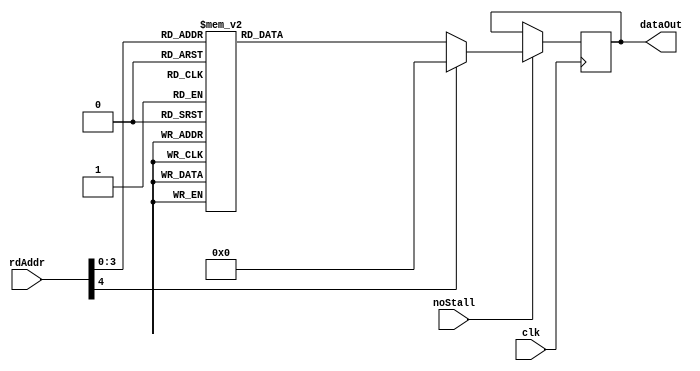
// This program was cloned from: https://github.com/VeriGOOD-ML/public
// License: Apache License 2.0

`timescale 1ns/1ps

module iBuffer_ASIC #(
    parameter integer addrLen = 5,
	parameter integer dataLen = 32,
	parameter integer peId	= 1
)(
	clk,
	rdAddr,
	noStall,
	dataOut
);

	input clk;
	input noStall;
	input[addrLen - 1: 0] rdAddr;
	output reg[dataLen - 1: 0] dataOut;

	//--------------------------------------------------------------------------------------
	reg[dataLen - 1: 0] mem	[0: (1 << addrLen) - 1];
	
	// ******************************************************************
	// Initialization
	// ******************************************************************

    localparam DATA_WIDTH = dataLen;
    localparam DEPTH = (1<<addrLen);
    wire     [addrLen-1:0]        address;
    reg     [DATA_WIDTH-1:0]        rdata;

    assign address = rdAddr;
	
	always @(posedge clk) begin
 		if(noStall) dataOut <= rdata;
	end
	
    // `include "instructions.v" // TODO

	//-------------------------------------------------------------------------------------
 	
generate
if(peId == 0) begin
	always @(*) begin
		case(address)
			4'd0 : rdata = 55'b0001101000000000011000000001000000000000000000000000000;
			4'd1 : rdata = 55'b1100011011111110000000000000000000000000000001000000000;
			4'd2 : rdata = 55'b1100011100001100000000000000000000000000000001000000000;
			4'd3 : rdata = 55'b0000111100000110101000000001000000010000000000000000000;
			4'd4 : rdata = 55'b0001110100000001011000000011000000100000000000000000000;
			4'd5 : rdata = 55'b0001010100000010011000000101000000110000000000100000000;
			4'd6 : rdata = 55'b0001110100000011011000000001000001000000000000000000000;
			4'd7 : rdata = 55'b0001110000000000101000001001000001010000000000000000000;
			4'd8 : rdata = 55'b0001001000000000101000001010000000001000000000000000000;
			4'd9 : rdata = 55'b1100011100000011000000000000000000000000000000011111111;
			4'd10 : rdata = 55'b1100011100000011000000000000000000000000000000011101110;
			default : rdata = 55'b0000000000000000000000000000000000000000000000000000000;
		endcase
	end
end

if(peId == 1) begin
	always @(*) begin
		case(address)
			4'd0 : rdata = 55'b0001101000000000011000000001000000000000000000000000000;
			4'd1 : rdata = 55'b0000111100001000101000000001000000010000000000000000000;
			4'd2 : rdata = 55'b0001110100000001011000000101000000100000000000000000000;
			4'd3 : rdata = 55'b0001010100000010011000000111000010010000000000100000000;
			4'd4 : rdata = 55'b1100010100000011000000000000000000000000000000100000000;
			4'd5 : rdata = 55'b0001111011111110011000000011000001000000000000000000000;
			4'd6 : rdata = 55'b0001110000000000101000001001000001010000000000000000000;
			4'd7 : rdata = 55'b0001001000000001101000001010000000001000000010010111011;
			4'd8 : rdata = 55'b1100011100000100000000000000000000001000000000000000000;
			default : rdata = 55'b0000000000000000000000000000000000000000000000000000000;
		endcase
	end
end

if(peId == 2) begin
	always @(*) begin
		case(address)
			4'd0 : rdata = 55'b0001101000000000011000000001000000000000000000000000000;
			4'd1 : rdata = 55'b0000111100001010101000000001000000010000000000000000000;
			4'd2 : rdata = 55'b0001110100000001011000000101000000100000000000000000000;
			4'd3 : rdata = 55'b0001010100000010011000000111000011110000000000100000000;
			4'd4 : rdata = 55'b1100010100000011000000000000000000000000000000100000000;
			4'd5 : rdata = 55'b0001111011111110011000000001000001000000000000000000000;
			4'd6 : rdata = 55'b0001111011111110011000000011000001100000000000000000000;
			4'd7 : rdata = 55'b0001110000000000101000001001000001010000000000000000000;
			4'd8 : rdata = 55'b0001110000000000101000001101000001110000000000000000000;
			4'd9 : rdata = 55'b0001001000000001101000001010000000001000000010010011001;
			4'd10 : rdata = 55'b0001001000000010101000001110000000001000000100011001100;
			4'd11 : rdata = 55'b1100011100000110000000000000000000001000000000000000000;
			default : rdata = 55'b0000000000000000000000000000000000000000000000000000000;
		endcase
	end
end

if(peId == 3) begin
	always @(*) begin
		case(address)
			4'd0 : rdata = 55'b0001101000000000011000000000000000000000000000010001000;
			4'd1 : rdata = 55'b0001111011111110011000000011000000000000000000000000000;
			4'd2 : rdata = 55'b0001111011111110011000000001000000100000000000000000000;
			4'd3 : rdata = 55'b0001110000000000101000000001000000010000000000000000000;
			4'd4 : rdata = 55'b0001110000000000101000000101000000110000000000000000000;
			4'd5 : rdata = 55'b0001001000000001101000000010000000001000000010010101010;
			4'd6 : rdata = 55'b0001001000000010101000000110000000001000000100011011101;
			4'd7 : rdata = 55'b1100011100000010000000000000000000001000000000000000000;
			default : rdata = 55'b0000000000000000000000000000000000000000000000000000000;
		endcase
	end
end

if(peId == 4) begin
	always @(*) begin
		case(address)
			4'd0 : rdata = 55'b0001101000000000011000000000000000000000000000010011001;
			4'd1 : rdata = 55'b1100011100000100000000000000000000001000000000000000000;
			default : rdata = 55'b0000000000000000000000000000000000000000000000000000000;
		endcase
	end
end

if(peId == 5) begin
	always @(*) begin
		case(address)
			4'd0 : rdata = 55'b0001101000000000011000000000000000000000000000010101010;
			4'd1 : rdata = 55'b1100011100000110000000000000000000001000000000000000000;
			default : rdata = 55'b0000000000000000000000000000000000000000000000000000000;
		endcase
	end
end

if(peId == 6) begin
	always @(*) begin
		case(address)
			4'd0 : rdata = 55'b0001101100000000010000000000000000000000000000010001000;
			4'd1 : rdata = 55'b1100011100000000000000000000000000001000000000000000000;
			default : rdata = 55'b0000000000000000000000000000000000000000000000000000000;
		endcase
	end
end

if(peId == 7) begin
	always @(*) begin
		case(address)
			4'd0 : rdata = 55'b0001101100000000010000000000000000000000000000100000000;
			4'd1 : rdata = 55'b1100011100000000000000000000000000001000000000000000000;
			default : rdata = 55'b0000000000000000000000000000000000000000000000000000000;
		endcase
	end
end

if(peId == 8) begin
	always @(*) begin
		case(address)
			4'd0 : rdata = 55'b0001101100000000010000000000000000000000000000100000000;
			4'd1 : rdata = 55'b0000111100000100110111111111000000110000000000000000000;
			4'd2 : rdata = 55'b0000111100000010110111111111000000000000000000000000000;
			4'd3 : rdata = 55'b0001110100000011011000000111000001000000000000000000000;
			4'd4 : rdata = 55'b0001110100000000011000000011000000010000000000000000000;
			4'd5 : rdata = 55'b0001010100000100011000001001000001010000000000100000000;
			4'd6 : rdata = 55'b0001010100000001011000000101000000100000000000100000000;
			4'd7 : rdata = 55'b0001110100000101011000000001000010000000000000000000000;
			4'd8 : rdata = 55'b0001110100000010011000000001000001100000000000000000000;
			4'd9 : rdata = 55'b0001110000000000101000010001000010010000000000000000000;
			4'd10 : rdata = 55'b0001110000000000101000001101000001110000000000000000000;
			4'd11 : rdata = 55'b0001001000000010101000010010000000001000000100000000000;
			4'd12 : rdata = 55'b0001001000000001101000001110000000001000000010000000000;
			4'd13 : rdata = 55'b1100011100000100000000000000000000001000000000000000000;
			default : rdata = 55'b0000000000000000000000000000000000000000000000000000000;
		endcase
	end
end

if(peId == 9) begin
	always @(*) begin
		case(address)
			4'd0 : rdata = 55'b0001101100000000010000000000000000000000000000010001000;
			4'd1 : rdata = 55'b0000111100000110110111111101000000000000000000000000000;
			4'd2 : rdata = 55'b0001110100000000011000000011000000010000000000000000000;
			4'd3 : rdata = 55'b0001010100000001011000000101010000110000000000100000000;
			4'd4 : rdata = 55'b1100010100000010000000000000000000000000000000100000000;
			4'd5 : rdata = 55'b0001111011111110011000000001000001010000000000000000000;
			4'd6 : rdata = 55'b0001111011111110011000000001000000110000000000000000000;
			4'd7 : rdata = 55'b0001110000000000101000001011000001100000000000000000000;
			4'd8 : rdata = 55'b0001110000000000101000000111000001000000000000000000000;
			4'd9 : rdata = 55'b0001001000000001101000001100000000001000000010100000000;
			4'd10 : rdata = 55'b0001001000000000101000001000000000001000000000000000000;
			default : rdata = 55'b0000000000000000000000000000000000000000000000000000000;
		endcase
	end
end

if(peId == 10) begin
	always @(*) begin
		case(address)
			4'd0 : rdata = 55'b0001101100000000010000000000000000000000000000010001000;
			4'd1 : rdata = 55'b0001111011111110011000000011000000000000000000000000000;
			4'd2 : rdata = 55'b0001111011111110011000000001000000100000000000000000000;
			4'd3 : rdata = 55'b0001110000000000101000000001000000010000000000000000000;
			4'd4 : rdata = 55'b0001110000000000101000000101000000110000000000000000000;
			4'd5 : rdata = 55'b0001001000000001101000000010000000001000000010010001000;
			4'd6 : rdata = 55'b0001001000000010101000000110000000001000000100100000000;
			4'd7 : rdata = 55'b1100011011111110000000000000000000001000000000000000000;
			default : rdata = 55'b0000000000000000000000000000000000000000000000000000000;
		endcase
	end
end

if(peId == 11) begin
	always @(*) begin
		case(address)
			4'd0 : rdata = 55'b0001101100000000010000000000000000000000000000010011001;
			4'd1 : rdata = 55'b1100011011111110000000000000000000001000000000000000000;
			default : rdata = 55'b0000000000000000000000000000000000000000000000000000000;
		endcase
	end
end

if(peId == 12) begin
	always @(*) begin
		case(address)
			default : rdata = 55'b0000000000000000000000000000000000000000000000000000000;
		endcase
	end
end

if(peId == 13) begin
	always @(*) begin
		case(address)
			default : rdata = 55'b0000000000000000000000000000000000000000000000000000000;
		endcase
	end
end

if(peId == 14) begin
	always @(*) begin
		case(address)
			default : rdata = 55'b0000000000000000000000000000000000000000000000000000000;
		endcase
	end
end

if(peId == 15) begin
	always @(*) begin
		case(address)
			default : rdata = 55'b0000000000000000000000000000000000000000000000000000000;
		endcase
	end
end

if(peId == 16) begin
	always @(*) begin
		case(address)
			default : rdata = 55'b0000000000000000000000000000000000000000000000000000000;
		endcase
	end
end

if(peId == 17) begin
	always @(*) begin
		case(address)
			default : rdata = 55'b0000000000000000000000000000000000000000000000000000000;
		endcase
	end
end

if(peId == 18) begin
	always @(*) begin
		case(address)
			default : rdata = 55'b0000000000000000000000000000000000000000000000000000000;
		endcase
	end
end

if(peId == 19) begin
	always @(*) begin
		case(address)
			default : rdata = 55'b0000000000000000000000000000000000000000000000000000000;
		endcase
	end
end

if(peId == 20) begin
	always @(*) begin
		case(address)
			default : rdata = 55'b0000000000000000000000000000000000000000000000000000000;
		endcase
	end
end

if(peId == 21) begin
	always @(*) begin
		case(address)
			default : rdata = 55'b0000000000000000000000000000000000000000000000000000000;
		endcase
	end
end

if(peId == 22) begin
	always @(*) begin
		case(address)
			default : rdata = 55'b0000000000000000000000000000000000000000000000000000000;
		endcase
	end
end

if(peId == 23) begin
	always @(*) begin
		case(address)
			default : rdata = 55'b0000000000000000000000000000000000000000000000000000000;
		endcase
	end
end

if(peId == 24) begin
	always @(*) begin
		case(address)
			default : rdata = 55'b0000000000000000000000000000000000000000000000000000000;
		endcase
	end
end

if(peId == 25) begin
	always @(*) begin
		case(address)
			default : rdata = 55'b0000000000000000000000000000000000000000000000000000000;
		endcase
	end
end

if(peId == 26) begin
	always @(*) begin
		case(address)
			default : rdata = 55'b0000000000000000000000000000000000000000000000000000000;
		endcase
	end
end

if(peId == 27) begin
	always @(*) begin
		case(address)
			default : rdata = 55'b0000000000000000000000000000000000000000000000000000000;
		endcase
	end
end

if(peId == 28) begin
	always @(*) begin
		case(address)
			default : rdata = 55'b0000000000000000000000000000000000000000000000000000000;
		endcase
	end
end

if(peId == 29) begin
	always @(*) begin
		case(address)
			default : rdata = 55'b0000000000000000000000000000000000000000000000000000000;
		endcase
	end
end

if(peId == 30) begin
	always @(*) begin
		case(address)
			default : rdata = 55'b0000000000000000000000000000000000000000000000000000000;
		endcase
	end
end

if(peId == 31) begin
	always @(*) begin
		case(address)
			default : rdata = 55'b0000000000000000000000000000000000000000000000000000000;
		endcase
	end
end

if(peId == 32) begin
	always @(*) begin
		case(address)
			default : rdata = 55'b0000000000000000000000000000000000000000000000000000000;
		endcase
	end
end

if(peId == 33) begin
	always @(*) begin
		case(address)
			default : rdata = 55'b0000000000000000000000000000000000000000000000000000000;
		endcase
	end
end

if(peId == 34) begin
	always @(*) begin
		case(address)
			default : rdata = 55'b0000000000000000000000000000000000000000000000000000000;
		endcase
	end
end

if(peId == 35) begin
	always @(*) begin
		case(address)
			default : rdata = 55'b0000000000000000000000000000000000000000000000000000000;
		endcase
	end
end

if(peId == 36) begin
	always @(*) begin
		case(address)
			default : rdata = 55'b0000000000000000000000000000000000000000000000000000000;
		endcase
	end
end

if(peId == 37) begin
	always @(*) begin
		case(address)
			default : rdata = 55'b0000000000000000000000000000000000000000000000000000000;
		endcase
	end
end

if(peId == 38) begin
	always @(*) begin
		case(address)
			default : rdata = 55'b0000000000000000000000000000000000000000000000000000000;
		endcase
	end
end

if(peId == 39) begin
	always @(*) begin
		case(address)
			default : rdata = 55'b0000000000000000000000000000000000000000000000000000000;
		endcase
	end
end

if(peId == 40) begin
	always @(*) begin
		case(address)
			default : rdata = 55'b0000000000000000000000000000000000000000000000000000000;
		endcase
	end
end

if(peId == 41) begin
	always @(*) begin
		case(address)
			default : rdata = 55'b0000000000000000000000000000000000000000000000000000000;
		endcase
	end
end

if(peId == 42) begin
	always @(*) begin
		case(address)
			default : rdata = 55'b0000000000000000000000000000000000000000000000000000000;
		endcase
	end
end

if(peId == 43) begin
	always @(*) begin
		case(address)
			default : rdata = 55'b0000000000000000000000000000000000000000000000000000000;
		endcase
	end
end

if(peId == 44) begin
	always @(*) begin
		case(address)
			default : rdata = 55'b0000000000000000000000000000000000000000000000000000000;
		endcase
	end
end

if(peId == 45) begin
	always @(*) begin
		case(address)
			default : rdata = 55'b0000000000000000000000000000000000000000000000000000000;
		endcase
	end
end

if(peId == 46) begin
	always @(*) begin
		case(address)
			default : rdata = 55'b0000000000000000000000000000000000000000000000000000000;
		endcase
	end
end

if(peId == 47) begin
	always @(*) begin
		case(address)
			default : rdata = 55'b0000000000000000000000000000000000000000000000000000000;
		endcase
	end
end

if(peId == 48) begin
	always @(*) begin
		case(address)
			default : rdata = 55'b0000000000000000000000000000000000000000000000000000000;
		endcase
	end
end

if(peId == 49) begin
	always @(*) begin
		case(address)
			default : rdata = 55'b0000000000000000000000000000000000000000000000000000000;
		endcase
	end
end

if(peId == 50) begin
	always @(*) begin
		case(address)
			default : rdata = 55'b0000000000000000000000000000000000000000000000000000000;
		endcase
	end
end

if(peId == 51) begin
	always @(*) begin
		case(address)
			default : rdata = 55'b0000000000000000000000000000000000000000000000000000000;
		endcase
	end
end

if(peId == 52) begin
	always @(*) begin
		case(address)
			default : rdata = 55'b0000000000000000000000000000000000000000000000000000000;
		endcase
	end
end

if(peId == 53) begin
	always @(*) begin
		case(address)
			default : rdata = 55'b0000000000000000000000000000000000000000000000000000000;
		endcase
	end
end

if(peId == 54) begin
	always @(*) begin
		case(address)
			default : rdata = 55'b0000000000000000000000000000000000000000000000000000000;
		endcase
	end
end

if(peId == 55) begin
	always @(*) begin
		case(address)
			default : rdata = 55'b0000000000000000000000000000000000000000000000000000000;
		endcase
	end
end

if(peId == 56) begin
	always @(*) begin
		case(address)
			default : rdata = 55'b0000000000000000000000000000000000000000000000000000000;
		endcase
	end
end

if(peId == 57) begin
	always @(*) begin
		case(address)
			default : rdata = 55'b0000000000000000000000000000000000000000000000000000000;
		endcase
	end
end

if(peId == 58) begin
	always @(*) begin
		case(address)
			default : rdata = 55'b0000000000000000000000000000000000000000000000000000000;
		endcase
	end
end

if(peId == 59) begin
	always @(*) begin
		case(address)
			default : rdata = 55'b0000000000000000000000000000000000000000000000000000000;
		endcase
	end
end

if(peId == 60) begin
	always @(*) begin
		case(address)
			default : rdata = 55'b0000000000000000000000000000000000000000000000000000000;
		endcase
	end
end

if(peId == 61) begin
	always @(*) begin
		case(address)
			default : rdata = 55'b0000000000000000000000000000000000000000000000000000000;
		endcase
	end
end

if(peId == 62) begin
	always @(*) begin
		case(address)
			default : rdata = 55'b0000000000000000000000000000000000000000000000000000000;
		endcase
	end
end

if(peId == 63) begin
	always @(*) begin
		case(address)
			default : rdata = 55'b0000000000000000000000000000000000000000000000000000000;
		endcase
	end
end

endgenerate
endmodule